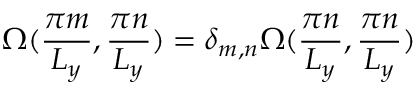
{ \Omega } ( { \frac { \pi m } { L _ { y } } , \frac { \pi n } { L _ { y } } } ) = \delta _ { m , n } { \Omega } ( { \frac { \pi n } { L _ { y } } , \frac { \pi n } { L _ { y } } } )